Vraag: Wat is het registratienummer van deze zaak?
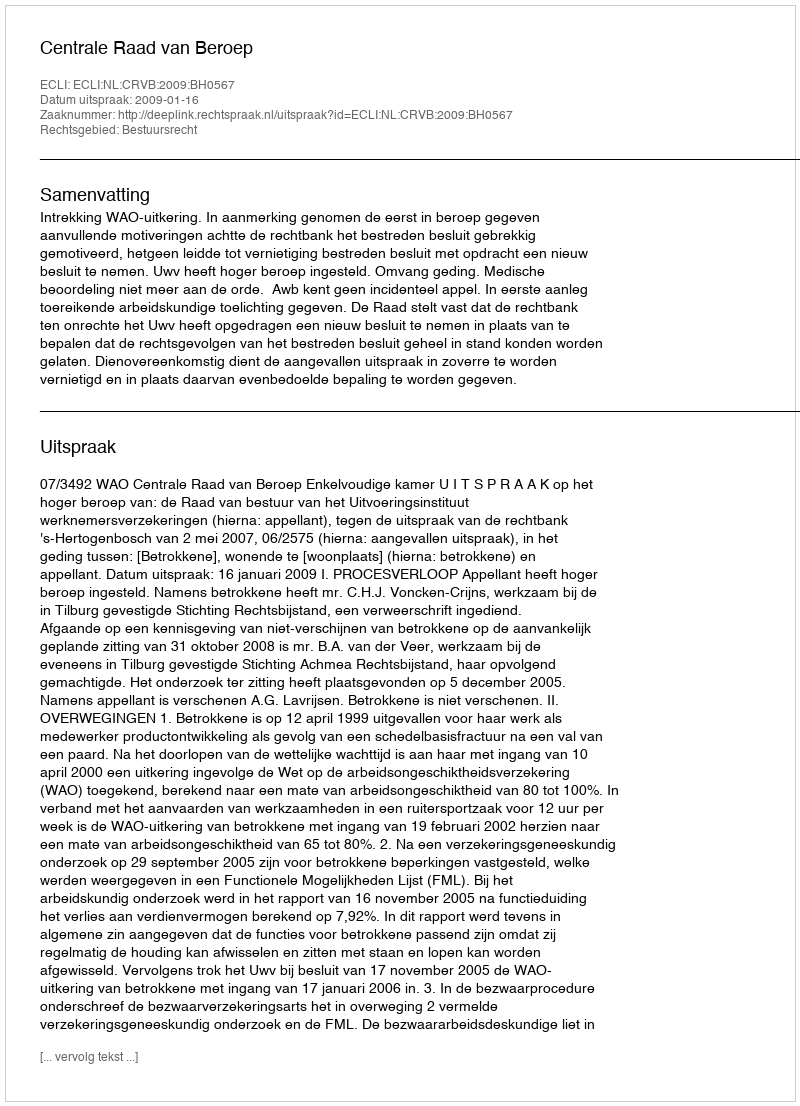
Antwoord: http://deeplink.rechtspraak.nl/uitspraak?id=ECLI:NL:CRVB:2009:BH0567